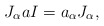
\begin{align*} J_\alpha a I=a_\alpha J_\alpha, \end{align*}